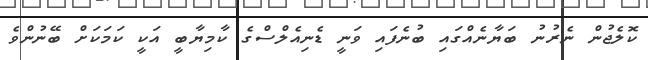
ކޮލެޖުން ނެރުނު ބަޔާނެއްގައި ބުނެފައި ވަނީ ޑެނިއެލްސްގެ ކާމިޔާބީ އަކީ ކަމަކަށް ބޭނުންވެ